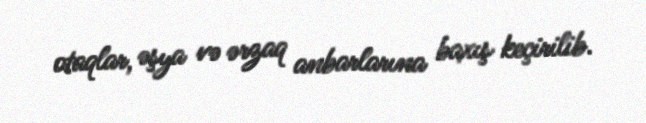
otaqlar, əşya və ərzaq anbarlarına baxış keçirilib.